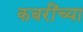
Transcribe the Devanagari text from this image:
कबरींच्या